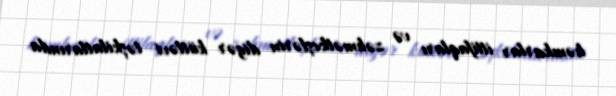
həmkarlar ittifaqları və zəhmətkeşlərin digər kütləvi təşkilatlarında